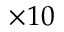
\times 1 0